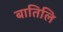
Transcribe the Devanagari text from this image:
बातिलि